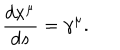
LaTeX: \frac { d x ^ { \mu } } { d s } = \gamma ^ { \mu } .